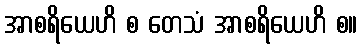
အာစရိယေဟိ စ တေသံ အာစရိယေဟိ စ။